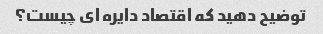
توضیح دهید که اقتصاد دایره ای چیست؟